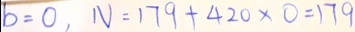
b = 0 , N = 1 7 9 + 4 2 0 \times 0 = 1 7 9